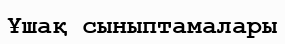
Ұшақ сыныптамалары